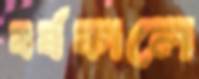
বর্ষকালে